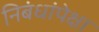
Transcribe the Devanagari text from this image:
निबंधांपेक्षा